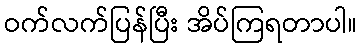
ဝက်လက်ပြန်ပြီး အိပ်ကြရတာပါ။